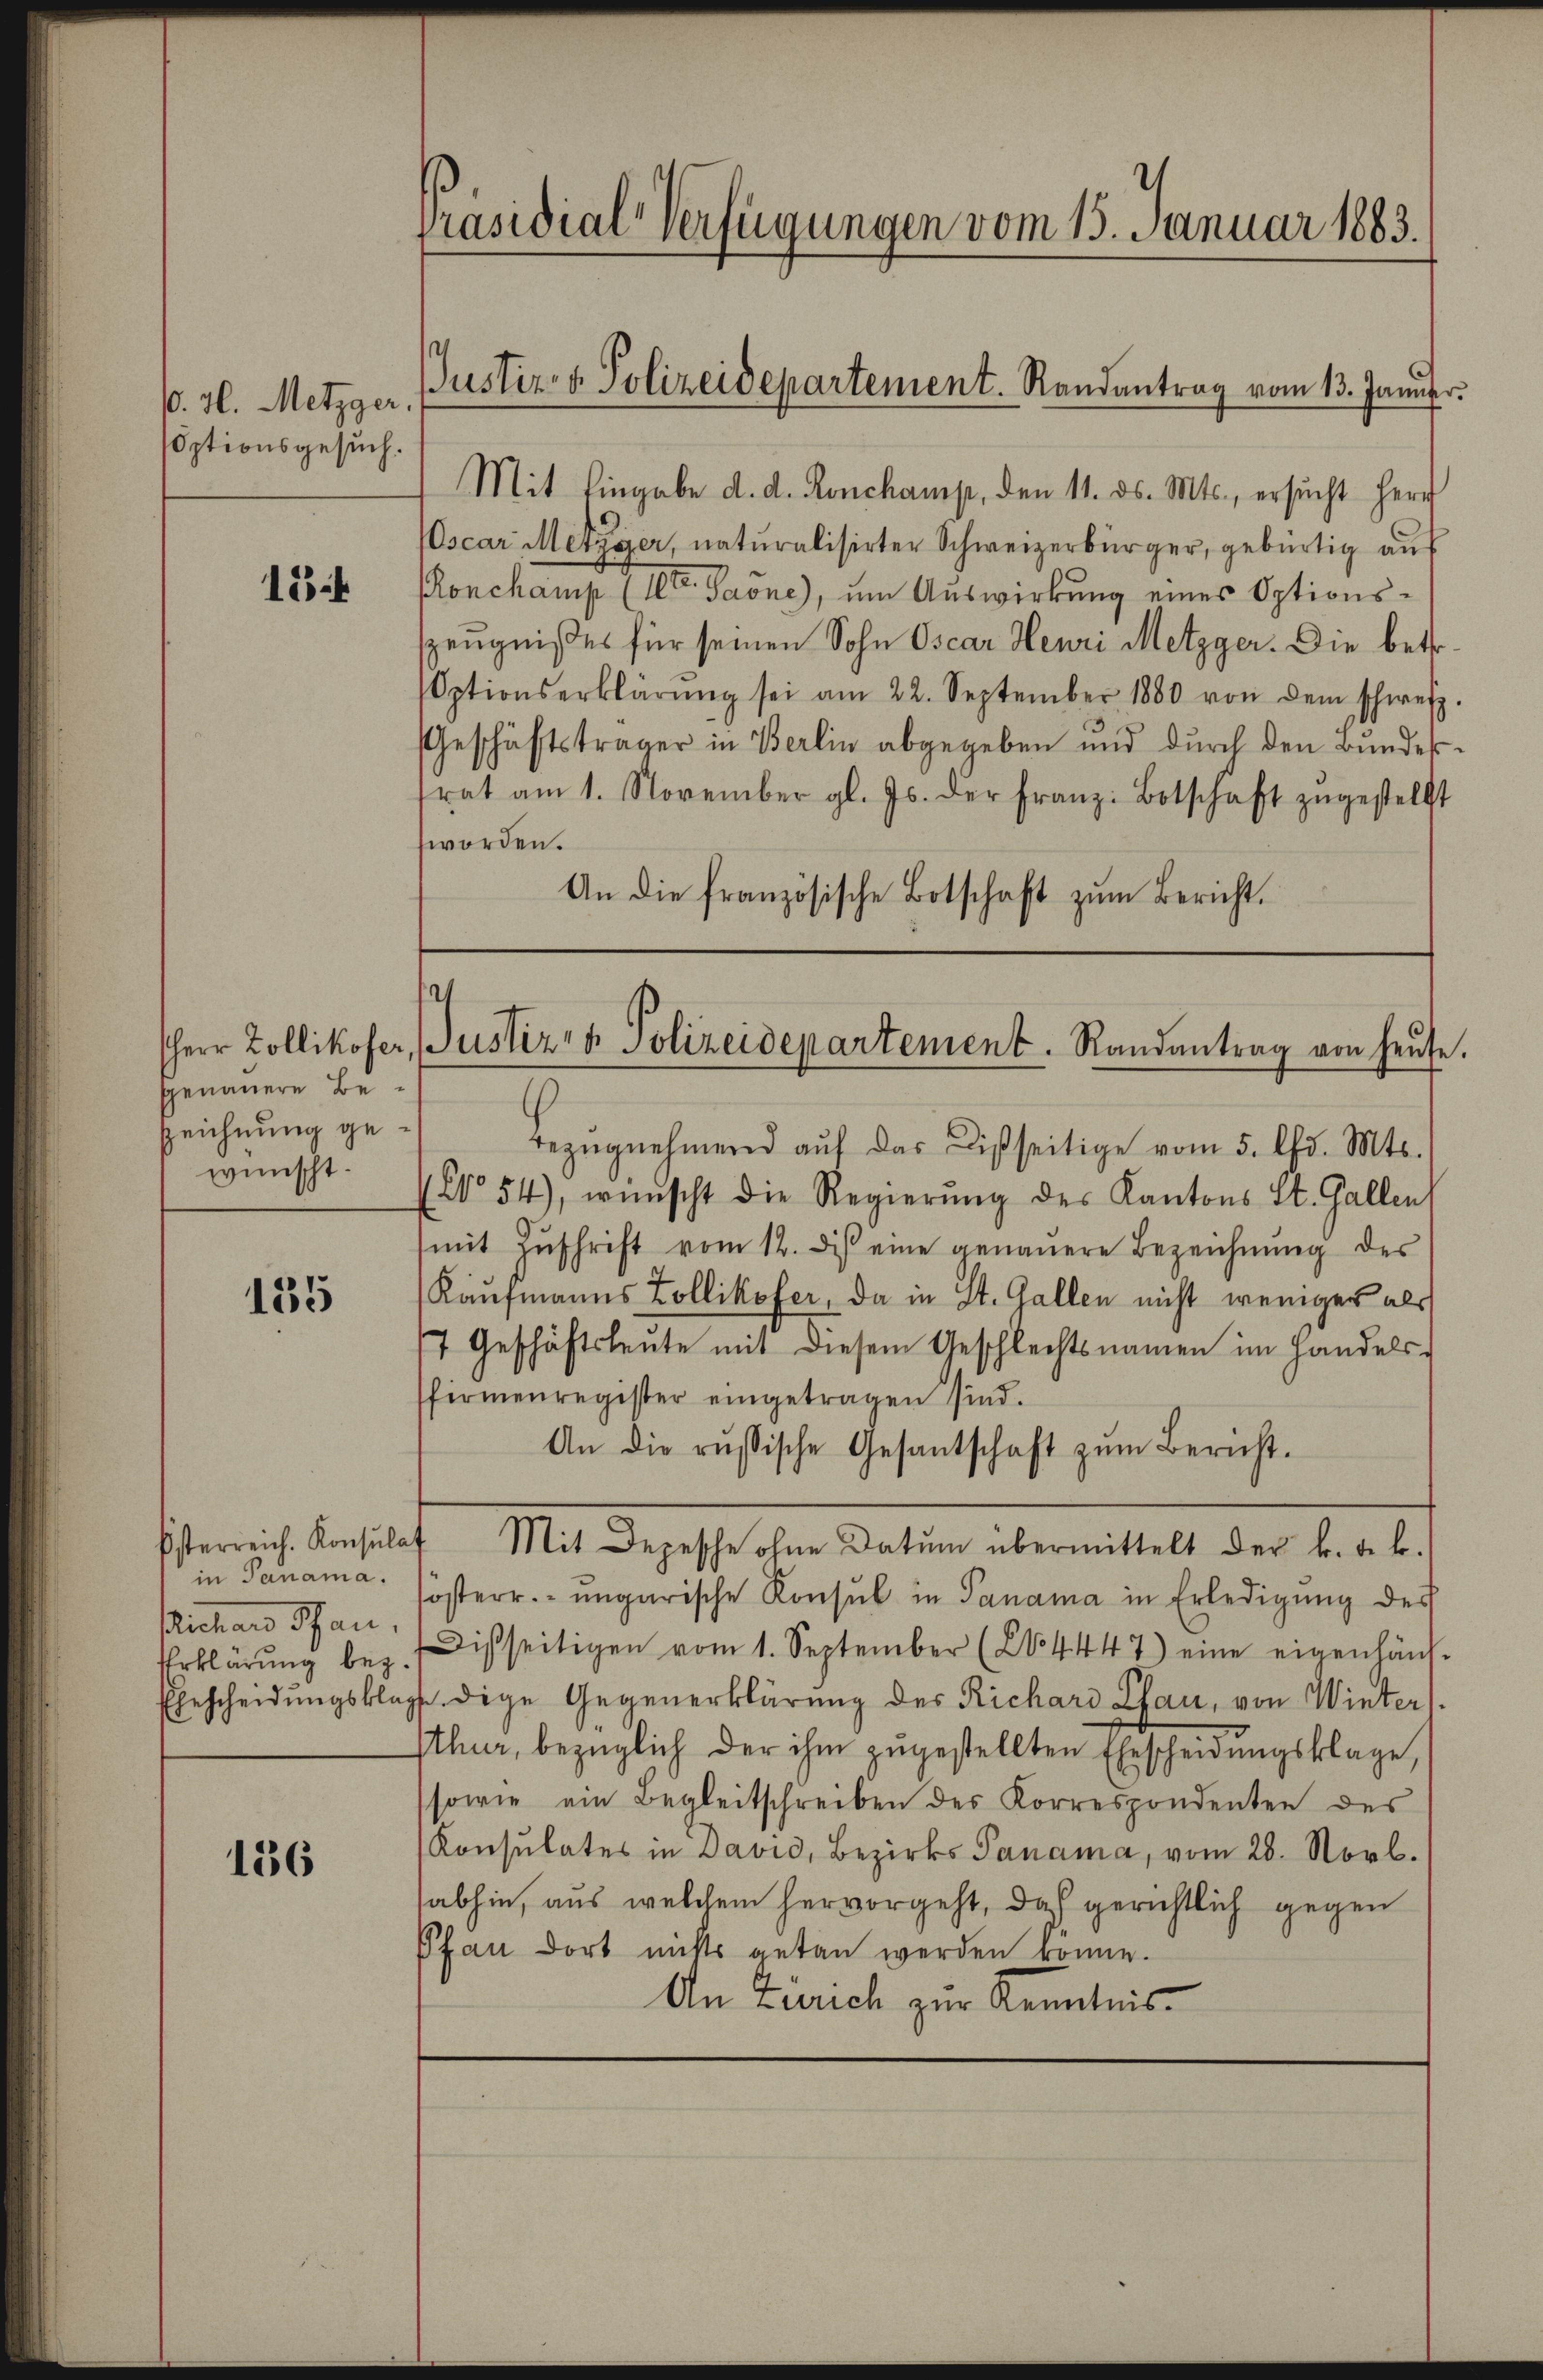
10. H. Metzger,
soptionsgesuch.

15.

genauere Be¬
Zeichnung gewünscht.

135

in Teinama.
slichen Schau,

136

Präsidial-Verfügungen vom 15. Januar 1883.

Justiz- & Polizeidepartement. Randantrag vom 13. Januar.

2
Herr Zollikofer, Justiz- & Polizeidepartement. Randantrag von heŭte.

Mit Eingabe d. d. Renchamp, den 11. ds. Mts., ersŭcht herr
(Oscar Metzger, naturalisirter Schweizerbürger, gebürtig auf
onchamp (IIter Paone), um Auswirkung eines Optionszeugnißes für seinen Sohn Oscar Henri Metzger. Die betr.
Optionserklärŭng sei am 22. September 1880 von dem schweiz.
Geschäftsträger in Berlin abgegeben und durch den Bundesfrat am 1. November gl. Js. der Franz Botschaft zŭgestellt
worden.
An die französische Botschaft zŭm Bericht.

Bezŭgnehmend aŭf das Disseitige vom 5. Chr. Mts.
No 54), wünscht die Regierung des Kantons St. Gallen
(mit Zŭschrift vom 12. diβ eine genaŭere Bezeichnŭng des
Kaufmanns Zollikofer, da in St. Gallen nicht weniger als
7 Geschäftsleute mit diesem Geschlechtsnamen im Handels-
sfirmenregister eingetragen sind.
An die russische Gesantschaft zŭm Bericht.
Esterreich. Konsulat Mit Depesche ohne Datum übermittelt der k. Feb.
sosterr. ungarische Konsul in Panama in Erledigung des
Erklärŭng bez. Disseitigen vom 1. September (24447) eine eigenhänd-
Ehescheidŭngsklagte dige Gegenerklärung des Richard Lhau, von Winters
thur, bezüglich der ihm zugestellten Ehescheidungsklage,
sowie ein Begleitschreiben des Korrespondenten des
Konsulates in David, Bezirks Panama, vom 28. Novb.
sabhin, aus welchem hervorgeht, daß gerichtlich gegen
Pfau dort nichts getan werden könne.
An Zürich zur Kenntnis